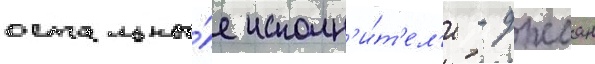
остальны́е исполн'и́т'ел'и - джоан